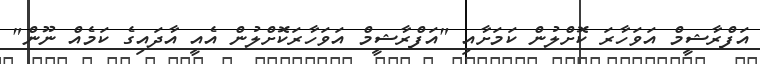
އަފްރާޝީމް އަވަހާރަ ކޮށްލުން ކަމަށާއި "އަފްރާޝީމް އަވަހާރަކޮށްލުން އެއީ އާދައިގެ ކަމެއް ނޫން"